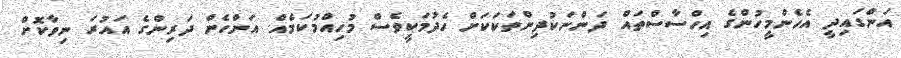
އަންގައިދީ އެހެންމީހުންގެ އިހްސާސްތައް ދަންނަކުދިންތަކަކަށް ހެދުމަކީވެސް މުހިއްމުކަމެެެއް. އަންހެން ދަރިންގެ އައުރަ ނިވާކޮށް